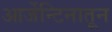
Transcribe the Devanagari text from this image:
आर्जेन्टिनातून